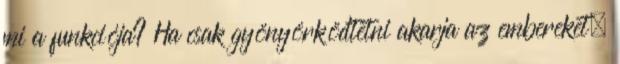
mi a funkciója? Ha csak gyönyörködtetni akarja az embereket,